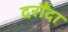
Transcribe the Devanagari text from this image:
दरौंदा